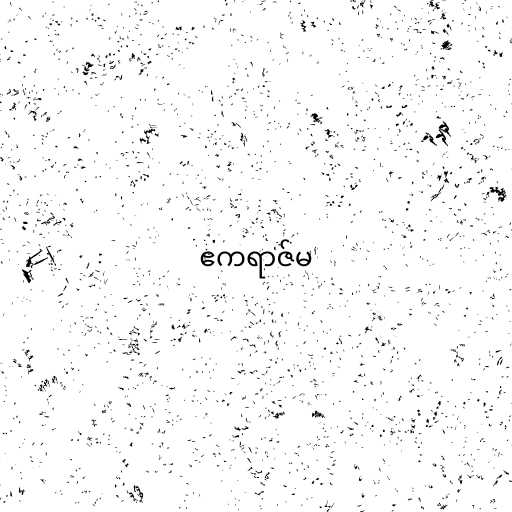
ဧကရာဇ်မ